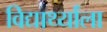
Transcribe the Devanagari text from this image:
विद्यार्थ्यांला